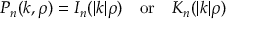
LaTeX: P _ { n } ( k , \rho ) = I _ { n } ( | k | \rho ) \, \, \, \, \, \, \mathrm { o r } \, \, \, \, \, \, K _ { n } ( | k | \rho )